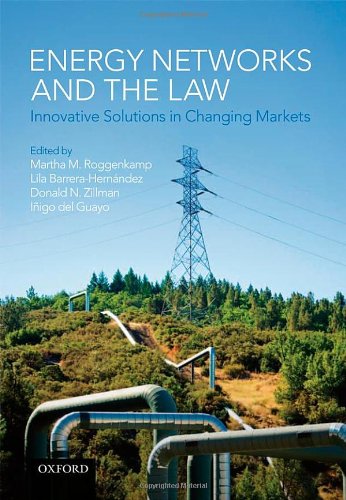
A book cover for Energy Networks and the Law: Innovative Solutions in Changing Markets; Martha M. Roggenkamp; Law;